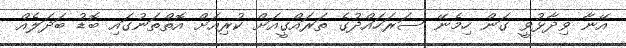
އޭނާ ވިދާޅުވީ ގަން ހިމެނޭ ސަރަހައްދުގެ ތަރައްގީއަށް ކުރިއަށް އޮތްތަނުގައި ބޮޑު ބަދަލެއް